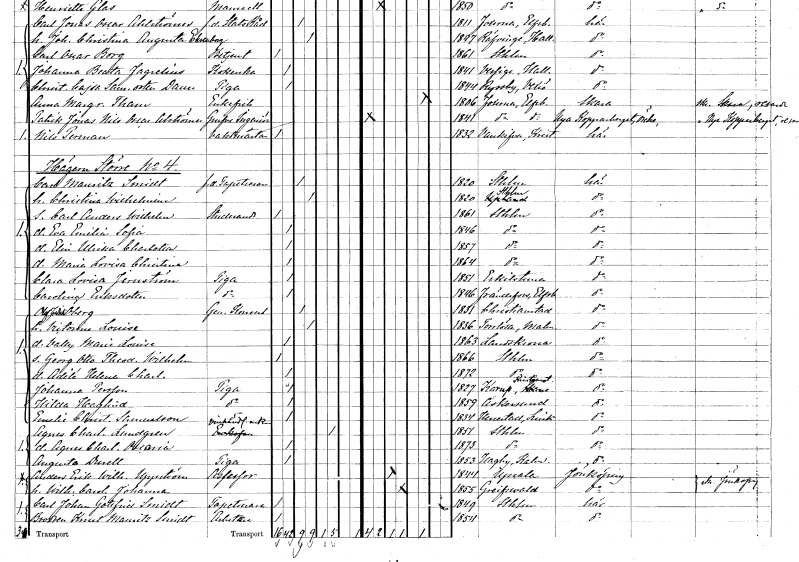
gt_parse: households: individuals: FN: Carl Mauritz
EN: Smidt
YRKE: Tapetserare f.d.
KON: M
CIV: G
FODAR: 1820
FODFORS: Stockholm
FN: Christina Wilhelmina
KON: K
CIV: G
FODAR: 1820
FODFORS: Stockholm
FN: Carl Anders Wilhelm
YRKE: Studerande
KON: M
CIV: O
FODAR: 1861
FODFORS: Stockholm
FN: Eva Emilia Sofia
KON: K
CIV: O
FODAR: 1846
FODFORS: Stockholm
FN: Elin Ulrika Charlotta
KON: K
CIV: O
FODAR: 1857
FODFORS: Stockholm
FN: Maria Lovisa Christina
KON: K
CIV: O
FODAR: 1864
FODFORS: Stockholm
FN: Clara Lovisa
EN: Jernström
YRKE: Piga
KON: K
CIV: O
FODAR: 1851
FODFORS: Eskilstuna Södermanlands län
FN: Carolina
EN: Eriksdotter
YRKE: Piga
KON: K
CIV: O
FODAR: 1846
FODFORS: Frändefors Älvsborgs län
FN: Olof Fredrik
EN: Öberg
YRKE: Generalkonsul
KON: M
CIV: G
FODAR: 1831
FODFORS: Kristianstad Kristianstads län
FN: Victorine Louise
KON: K
CIV: G
FODAR: 1836
FODFORS: Torrlösa Malmöhus län
FN: Vally Marie Louise
KON: K
CIV: O
FODAR: 1863
FODFORS: Landskrona Malmöhus län
FN: Georg Otto Theodor Wilhelm
KON: M
CIV: O
FODAR: 1866
FODFORS: Stockholm
FN: Adèlé Helena Charlotta
KON: K
CIV: O
FODAR: 1872
FODFORS: Stockholm
FN: Johanna
EN: Persson
YRKE: Piga
KON: K
CIV: O
FODAR: 1827
FODFORS: Västra Karup Kristianstads län
FN: Hilda
EN: Haglind
YRKE: Piga
KON: K
CIV: O
FODAR: 1859
FODFORS: Askersund Örebro län
FN: Emelie Christina
EN: Samuelson
YRKE: Piga
KON: K
CIV: O
FODAR: 1834
FODFORS: Herrestad Östergötlands län
FN: Agnes Charlotta
EN: Lundgren
YRKE: Vinhandlareänka
KON: K
CIV: E
FODAR: 1851
FODFORS: Stockholm
FN: Agnes Charlotta Oscaria
KON: K
CIV: O
FODAR: 1873
FODFORS: Stockholm
FN: Augusta
EN: Durell
YRKE: Piga
KON: K
CIV: O
FODAR: 1853
FODFORS: Hagby Kalmar län
FN: Anders Erik Wilhelm
EN: Uppström
YRKE: Assessor
KON: M
CIV: G
FODAR: 1844
FODFORS: Uppsala Uppsala län
FN: Wilhelmina Carolina Johanna
KON: K
CIV: G
FODAR: 1855
FN: Carl Johan Gottfried
EN: Smidt
YRKE: Tapetserare
KON: M
CIV: O
FODAR: 1849
FODFORS: Stockholm
FN: Knut Mauritz
EN: Smidt
YRKE: Arbetare
KON: M
CIV: O
FODAR: 1854
FODFORS: Stockholm